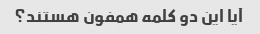
آیا این دو کلمه همفون هستند؟